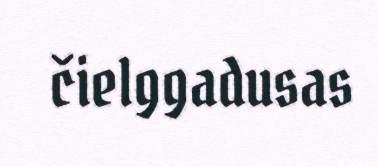
čielggadusas